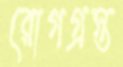
রোগগ্রস্ত